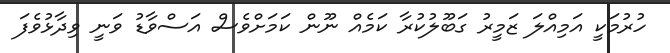
ހުރުމަކީ އަމިއްލަ ޒަމީރު ގަބޫލުކުރާ ކަމެއް ނޫން ކަމަށްވެސް އަސްވާޑު ވަނީ ވިދާޅުވެފަ